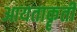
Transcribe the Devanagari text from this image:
आयताकॄती